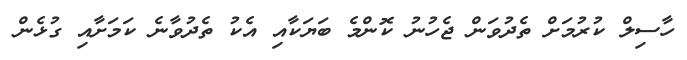
ހާސިލް ކުރުމަށް ތެދުވަން ޖެހުނު ކޮންމެ ބަޔަކާއި އެކު ތެދުވާނެ ކަމަށާއި ގުޅެން